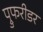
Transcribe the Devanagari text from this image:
प्रुफरीडर